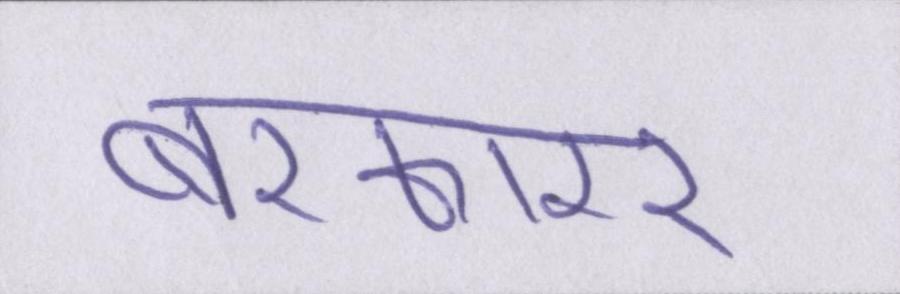
बरकारर